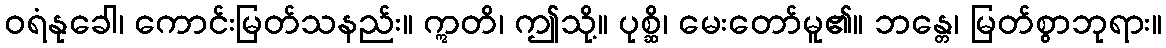
ဝရံနုခေါ၊ ကောင်းမြတ်သနည်း။ ဣတိ၊ ဤသို့။ ပုစ္ဆိ၊ မေးတော်မူ၏။ ဘန္တေ၊ မြတ်စွာဘုရား။